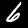
Label: 6